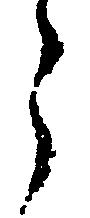
う